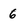
Character: 6